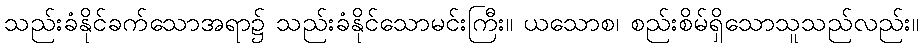
သည်းခံနိုင်ခက်သောအရာ၌ သည်းခံနိုင်သောမင်းကြီး။ ယသောစ၊ စည်းစိမ်ရှိသောသူသည်လည်း။